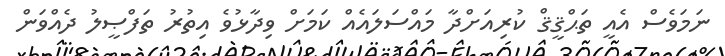
ނަމަވެސް އެއީ ތަޙްޤީޤް ކުރިއަށްދާ މައްސަލައެއް ކަމަށް ވިދާޅުވެ އިތުރު ތަފްޞީލު ދެއްވަން